Report of the Imperial Institute of Veterinary Research, Muktesar
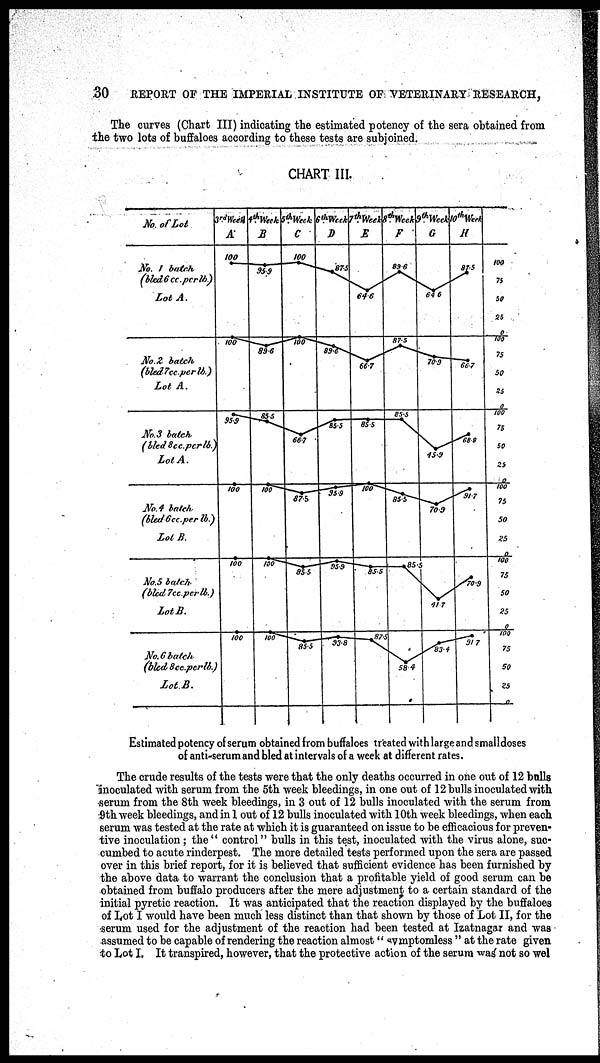
30
REPORT OF THE IMPERIAL INSTITUTE OF VETERINARY RESEARCH,
The curves (Chart III) indicating the estimated potency of the sera obtained from
the two lots of buffaloes according to these tests are subjoined.
CHART III.
Estimated potency of serum obtained from buffaloes treated with large and smalldoses
of anti-serum and bled at intervals of a week at different rates.
The crude results of the tests were that the only deaths occurred in one out of 12 bulls
inoculated with serum from the 5th week bleedings, in one out of 12 bulls inoculated with
serum from the 8th week bleedings, in 3 out of 12 bulls inoculated with the serum from
9th week bleedings, and in 1 out of 12 bulls inoculated with 10th week bleedings, when each
serum was tested at the rate at which it is guaranteed on issue to be efficacious for preven-
tive inoculation; the" control" bulls in this test, inoculated with the virus alone, suc-
cumbed to acute rinderpest. The more detailed tests performed upon the sera are passed
over in this brief report, for it is believed that sufficient evidence has been furnished by
the above data to warrant the conclusion that a profitable yield of good serum can be
obtained from buffalo producers after the mere adjustment to a certain standard of the
initial pyretic reaction. It was anticipated that the reaction displayed by the buffaloes
of Lot I would have been much less distinct than that shown by those of Lot II, for the
serum used for the adjustment of the reaction had been tested at Izatnagar and was
assumed to be capable of rendering the reaction almost" symptomless " at the rate given
to Lot I. It transpired, however, that the protective action of the serum was not so wel